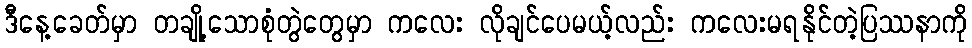
ဒီနေ့ခေတ်မှာ တချို့သောစုံတွဲတွေမှာ ကလေး လိုချင်ပေမယ့်လည်း ကလေးမရနိုင်တဲ့ပြဿနာကို